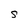
Character: s